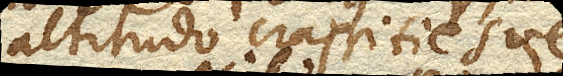
altitudo crassitiesve